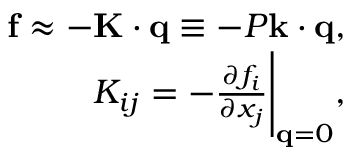
\begin{array} { r } { \mathbf { f } \approx - \mathbf { K } \cdot \mathbf { q } \equiv - P \mathbf { k } \cdot \mathbf { q } , } \\ { K _ { i j } = - \frac { \partial f _ { i } } { \partial x _ { j } } \Bigg | _ { \mathbf { q } = 0 } , } \end{array}